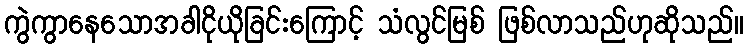
ကွဲကွာနေသောအခါငိုယိုခြင်းကြောင့် သံလွင်မြစ် ဖြစ်လာသည်ဟုဆိုသည်။